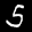
Label: 5